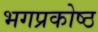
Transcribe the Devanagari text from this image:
भगप्रकोष्ठ